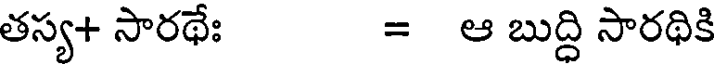
తస్య+ సారథేః = ఆ బుద్ది సారథికి